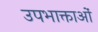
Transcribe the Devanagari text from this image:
उपभाक्ताओं